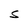
Character: s